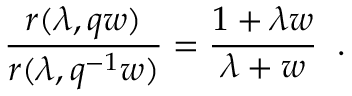
\frac { r ( \lambda , q w ) } { r ( \lambda , q ^ { - 1 } w ) } = \frac { 1 + \lambda w } { \lambda + w } \; \; .